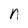
Character: n